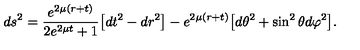
d s ^ { 2 } = \frac { e ^ { 2 \mu ( r + t ) } } { 2 e ^ { 2 \mu t } + 1 } \bigl [ d t ^ { 2 } - d r ^ { 2 } \bigr ] - e ^ { 2 \mu ( r + t ) } \bigl [ d \theta ^ { 2 } + \sin ^ { 2 } { \theta } d \varphi ^ { 2 } \bigr ] .